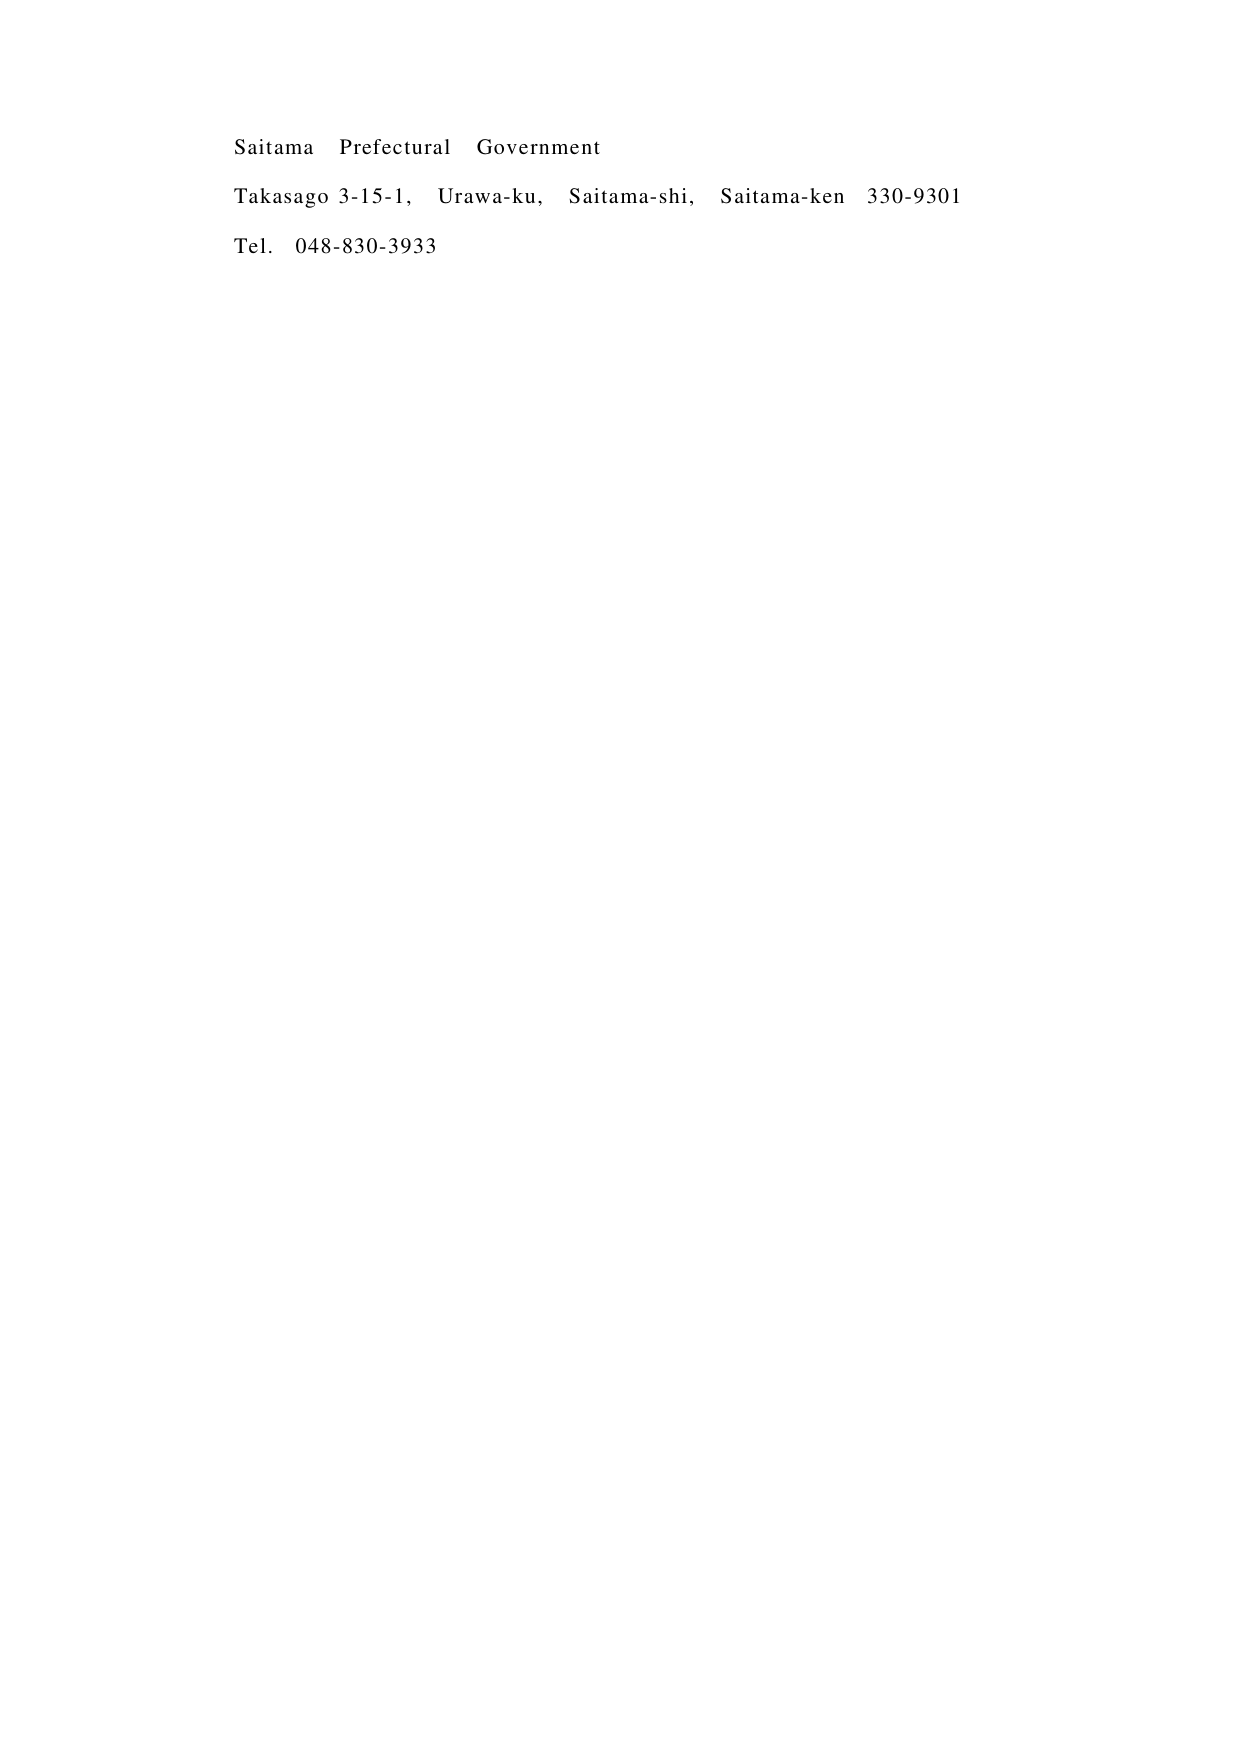
Saitama Prefectural Government
Takasago 3-15-1, Urawa-ku, Saitama-shi, Saitama-ken 330-9301
Tel. 048-830-3933